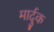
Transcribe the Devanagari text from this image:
मार्दुक